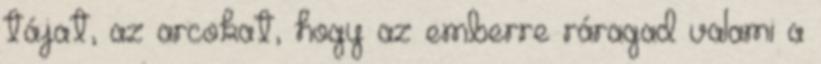
tájat, az arcokat, hogy az emberre ráragad valami a